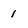
Character: 1